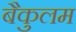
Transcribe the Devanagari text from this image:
बैकुलम